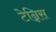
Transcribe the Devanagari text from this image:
टेन्निस